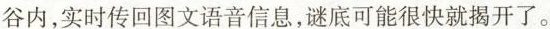
谷内，实时传回图文语音信息，谜底可能很快就揭开了。